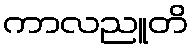
ကာလညူတိ